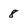
Character: 8